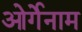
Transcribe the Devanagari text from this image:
ओर्गेनाम